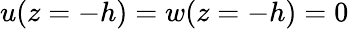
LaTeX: u(z=-h)=w(z=-h)=0